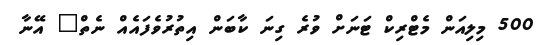
500 މިލިއަން މެޓްރިކް ޓަނަށް ވުރެ ގިނަ ކާބަން އިތުރުވެފައެއް ނެތް" އޭނާ